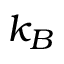
k _ { B }